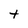
Character: t